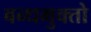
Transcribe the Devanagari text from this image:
बन्धमुक्तो